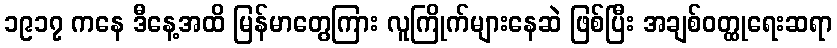
၁၉၁၇ ကနေ ဒီနေ့အထိ မြန်မာတွေကြား လူကြိုက်များနေဆဲ ဖြစ်ပြီး အချစ်ဝတ္ထုရေးဆရာ